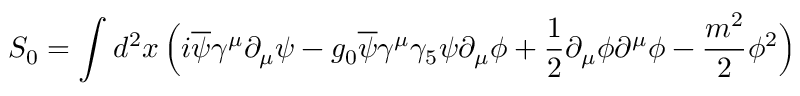
S _ { 0 } = \int d ^ { 2 } x \, \Big ( i \overline { { \psi } } \gamma ^ { \mu } \partial _ { \mu } \psi - g _ { 0 } \overline { { \psi } } \gamma ^ { \mu } \gamma _ { 5 } \psi \partial _ { \mu } \phi + { \frac { 1 } { 2 } } \partial _ { \mu } \phi \partial ^ { \mu } \phi - { \frac { m ^ { 2 } } { 2 } } \phi ^ { 2 } \Big )